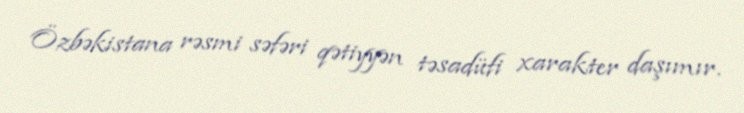
Özbəkistana rəsmi səfəri qətiyyən təsadüfi xarakter daşımır.